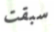
سبقت